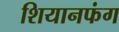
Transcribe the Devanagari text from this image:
शियानफंग